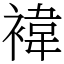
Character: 褘